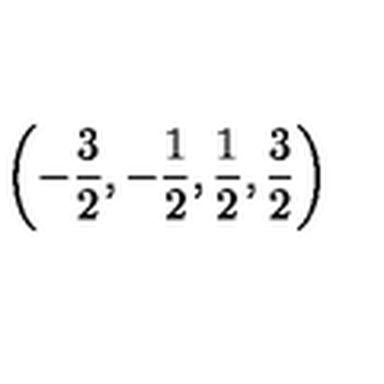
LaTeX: \left( - \frac { 3 } { 2 } , - \frac { 1 } { 2 } , \frac { 1 } { 2 } , \frac { 3 } { 2 } \right) \protect